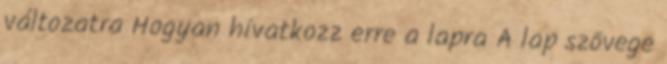
változatra Hogyan hivatkozz erre a lapra A lap szövege